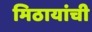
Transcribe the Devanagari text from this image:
मिठायांची